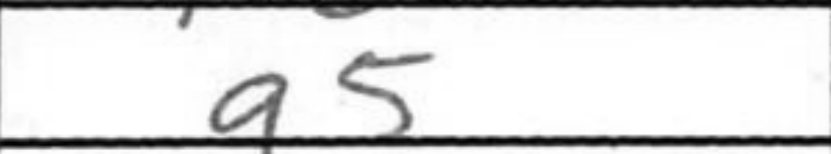
Transcription: a5